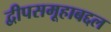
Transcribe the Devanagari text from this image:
द्वीपसमूहाबद्दल